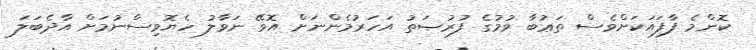
ކޮންމެ ފާފައަކަށްވެސް ތަޢުބާ ވުމުގެ ފުރުޞަތު އަހަރުމެންނަށް އޮވޭ ނަވާލު ހެޔޮވިސްނުމަށް އާދެބަލަ